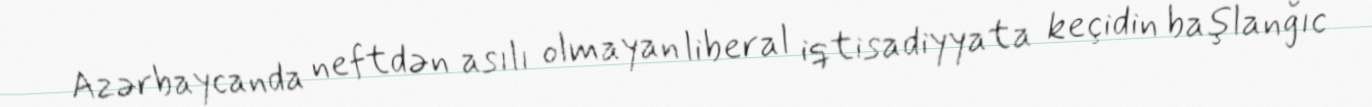
Azərbaycanda neftdən asılı olmayan liberal iqtisadiyyata keçidin başlanğıc